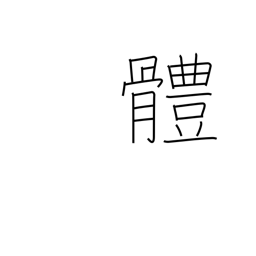
Meaning: the body